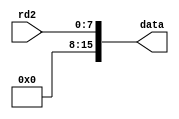
`timescale 1ns / 1ps
//////////////////////////////////////////////////////////////////////////////////
// Company: 
// Engineer: 
// 
// Design Name: 
// Module Name:    storebyte 
// Project Name: 
// Target Devices: 
// Tool versions: 
// Description: 
//
// Dependencies: 
//
// Revision: 
// Revision 0.01 - File Created
// Additional Comments: 
//
//////////////////////////////////////////////////////////////////////////////////
module storebyte(rd2, data);
	input [7:0] rd2;
	output [15:0] data;

	assign data = {8'b00000000, rd2};

endmodule